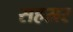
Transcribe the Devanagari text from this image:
सहस्रर